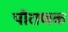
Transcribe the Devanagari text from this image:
पौराणक